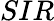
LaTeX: SIR